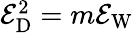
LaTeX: \begin{array}{r}{\mathcal{E}_{\mathrm{D}}^{2}=m\mathcal{E}_{\mathrm{W}}}\end{array}